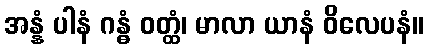
အန္နံ ပါနံ ဂန္ဓံ ဝတ္ထံ၊ မာလာ ယာနံ ဝိလေပနံ။